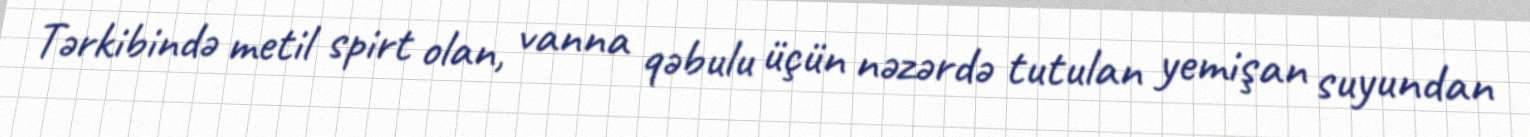
Tərkibində metil spirt olan, vanna qəbulu üçün nəzərdə tutulan yemişan suyundan